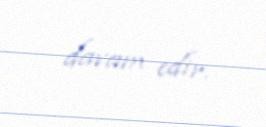
davam edir.